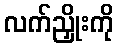
လက်ညှိုးကို